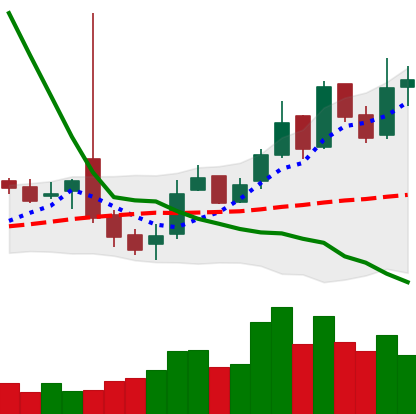
Ticker: LTC-USD
Chart end date: 2016-11-02
Forward return: -6.472%
Label: down_5_7